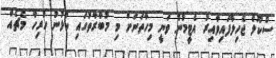
ސްކޫލް ޖެހިލާފައިވާއިރު އެޓީމުން ވަނީ މިހާތަނަށް މި މުބާރާތުގައި ކުޅުނު ހުރިހާ މެޗެއް